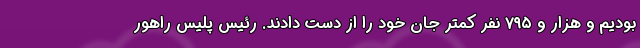
بودیم و هزار و ۷۹۵ نفر کمتر جان خود را از دست دادند. رئیس پلیس راهور